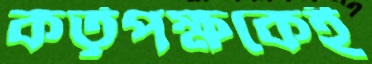
কর্তৃপক্ষকেই